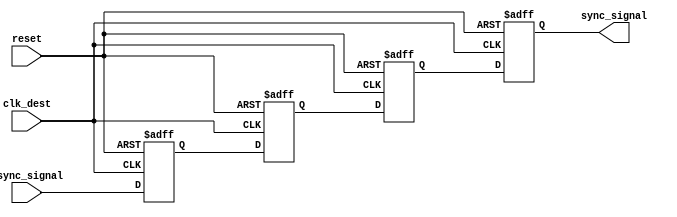
module triple_flip_flop_synchronizer (
    input wire clk_dest,           // Destination clock
    input wire async_signal,       // Asynchronous input signal
    input wire reset,              // Reset signal
    output reg sync_signal         // Synchronized output signal
);

    // Internal flip-flops for synchronization
    reg ff1, ff2, ff3;

    always @(posedge clk_dest or posedge reset) begin
        if (reset) begin
            ff1 <= 1'b0;            // Initialize FF1 on reset
            ff2 <= 1'b0;            // Initialize FF2 on reset
            ff3 <= 1'b0;            // Initialize FF3 on reset
            sync_signal <= 1'b0;    // Initialize output signal
        end else begin
            ff1 <= async_signal;     // Sample async signal in FF1
            ff2 <= ff1;              // Sample FF1 output in FF2
            ff3 <= ff2;              // Sample FF2 output in FF3
            sync_signal <= ff3;      // Output the third flip-flop
        end
    end
endmodule